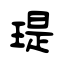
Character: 瑅